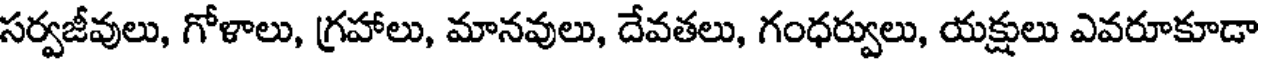
సర్వజీవులు, గోళాలు, గ్రహాలు, మానవులు, దేవతలు, గంధర్వులు, యక్షులు ఎవరూకూడా